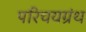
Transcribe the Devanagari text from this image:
परिचयग्रंथ